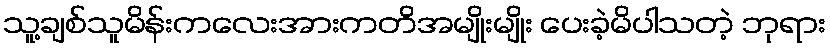
သူ့ချစ်သူမိန်းကလေးအားကတိအမျိုးမျိုး ပေးခဲ့မိပါသတဲ့ ဘုရား